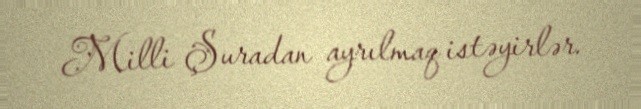
Milli Şuradan ayrılmaq istəyirlər.